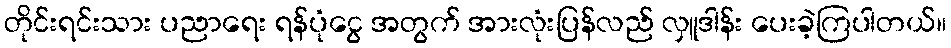
တိုင်းရင်းသား ပညာရေး ရန်ပုံငွေ အတွက် အားလုံးပြန်လည် လှူဒါန်း ပေးခဲ့ကြပါတယ်။